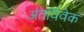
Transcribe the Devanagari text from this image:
अंतर्विवेक